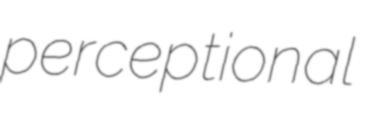
perceptional